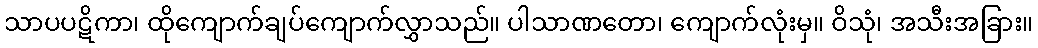
သာပပဋိကာ၊ ထိုကျောက်ချပ်ကျောက်လွှာသည်။ ပါသာဏတော၊ ကျောက်လုံးမှ။ ဝိသုံ၊ အသီးအခြား။